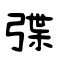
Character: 弽